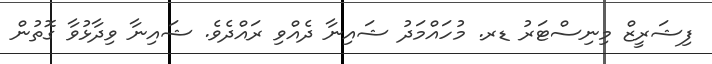
ފިޝަރީޒް މިނިސްޓަރު ޑރ. މުހައްމަދު ޝައިނާ ދެއްވި ރައްދެވެ. ޝައިނާ ވިދާޅުވާ ގޮތުން